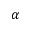
\alpha